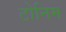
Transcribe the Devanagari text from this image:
टोनिम